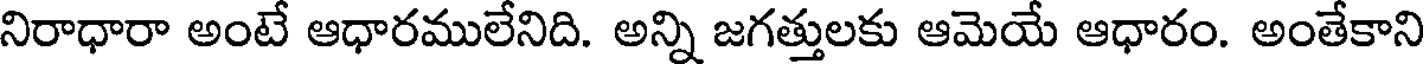
నిరాధారా అంటే ఆధారములేనిది. అన్ని జగత్తులకు ఆమెయే ఆధారం. అంతేకాని